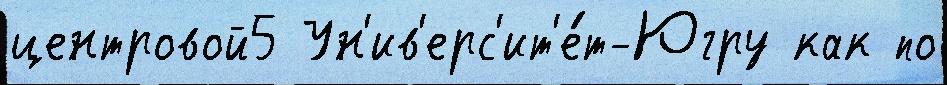
центровой5 Ун'ив'ерс'ит'е́т-Югру как по